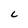
Character: C